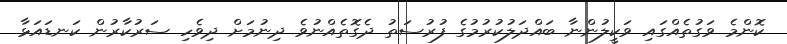
ކޮންމެ ވަގުތެއްގައި ވަކީލުންނާ ބައްދަލުކުރުމުގެ ފުރުސަތު ދެގޮތެއްނުވެ ދިނުމަށް ދިވެހި ސަރުކާރުން ކަނޑައަޅާ